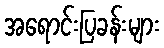
အရောင်းပြခန်းများ